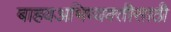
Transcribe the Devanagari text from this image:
बाहयअभिव्यक्‍तीसाठी